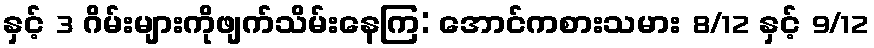
နှင့် 3 ဂိမ်းများကိုဖျက်သိမ်းနေကြ: အောင်ကစားသမား 8/12 နှင့် 9/12